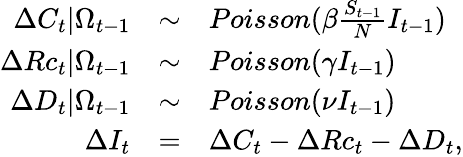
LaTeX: \begin{array}{rcl}{\Delta C_{t}|\Omega_{t-1}}&{\sim}&{Poisson(\beta\frac{S_{t-1}}{N}I_{t-1})}\\ {\Delta Rc_{t}|\Omega_{t-1}}&{\sim}&{Poisson(\gamma I_{t-1})}\\ {\Delta D_{t}|\Omega_{t-1}}&{\sim}&{Poisson(\nu I_{t-1})}\\ {\Delta I_{t}}&{=}&{\Delta C_{t}-\Delta Rc_{t}-\Delta D_{t},}\end{array}